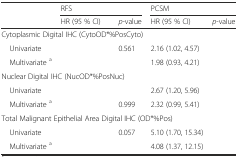
<table><thead><tr><td>[EMPTY_CELL]</td><td colspan="2"><b>RFS</b></td><td colspan="2"><b>PCSM</b></td></tr><tr><td>[EMPTY_CELL]</td><td><b>HR (95 % CI)</b></td><td><b><i>p</i>-value</b></td><td><b>HR (95 % CI)</b></td><td><b><i>p</i>-value</b></td></tr></thead><tbody><tr><td colspan="5">Cytoplasmic Digital IHC (CytoOD*%PosCyto)</td></tr><tr><td> Univariate</td><td>[EMPTY_CELL]</td><td>0.561</td><td>2.16 (1.02, 4.57)</td><td>[EMPTY_CELL]</td></tr><tr><td> Multivariate <sup>a</sup></td><td>[EMPTY_CELL]</td><td>[EMPTY_CELL]</td><td>1.98 (0.93, 4.21)</td><td>[EMPTY_CELL]</td></tr><tr><td colspan="5">Nuclear Digital IHC (NucOD*%PosNuc)</td></tr><tr><td> Univariate</td><td>[EMPTY_CELL]</td><td>[EMPTY_CELL]</td><td>2.67 (1.20, 5.96)</td><td>[EMPTY_CELL]</td></tr><tr><td> Multivariate <sup>a</sup></td><td>[EMPTY_CELL]</td><td>0.999</td><td>2.32 (0.99, 5.41)</td><td>[EMPTY_CELL]</td></tr><tr><td colspan="5">Total Malignant Epithelial Area Digital IHC (OD*%Pos)</td></tr><tr><td> Univariate</td><td>[EMPTY_CELL]</td><td>0.057</td><td>5.10 (1.70, 15.34)</td><td>[EMPTY_CELL]</td></tr><tr><td> Multivariate <sup>a</sup></td><td>[EMPTY_CELL]</td><td>[EMPTY_CELL]</td><td>4.08 (1.37, 12.15)</td><td>[EMPTY_CELL]</td></tr></tbody></table>